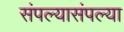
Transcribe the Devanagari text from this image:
संपल्यासंपल्या